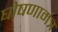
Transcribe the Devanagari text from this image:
घोषणामंत्र